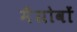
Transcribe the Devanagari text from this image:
मैंग्रोवों